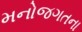
મનોજગતના